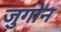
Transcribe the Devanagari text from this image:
जुगोन